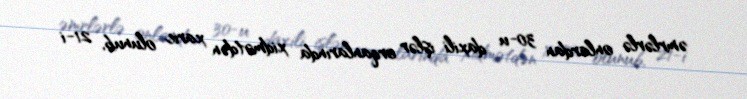
əmrlərlə onlardan 30-u daxili işlər orqanlarında xidmətdən xaric olunub, 21-i